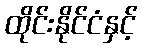
ထိုင်းနိုင်ငံနှင့်